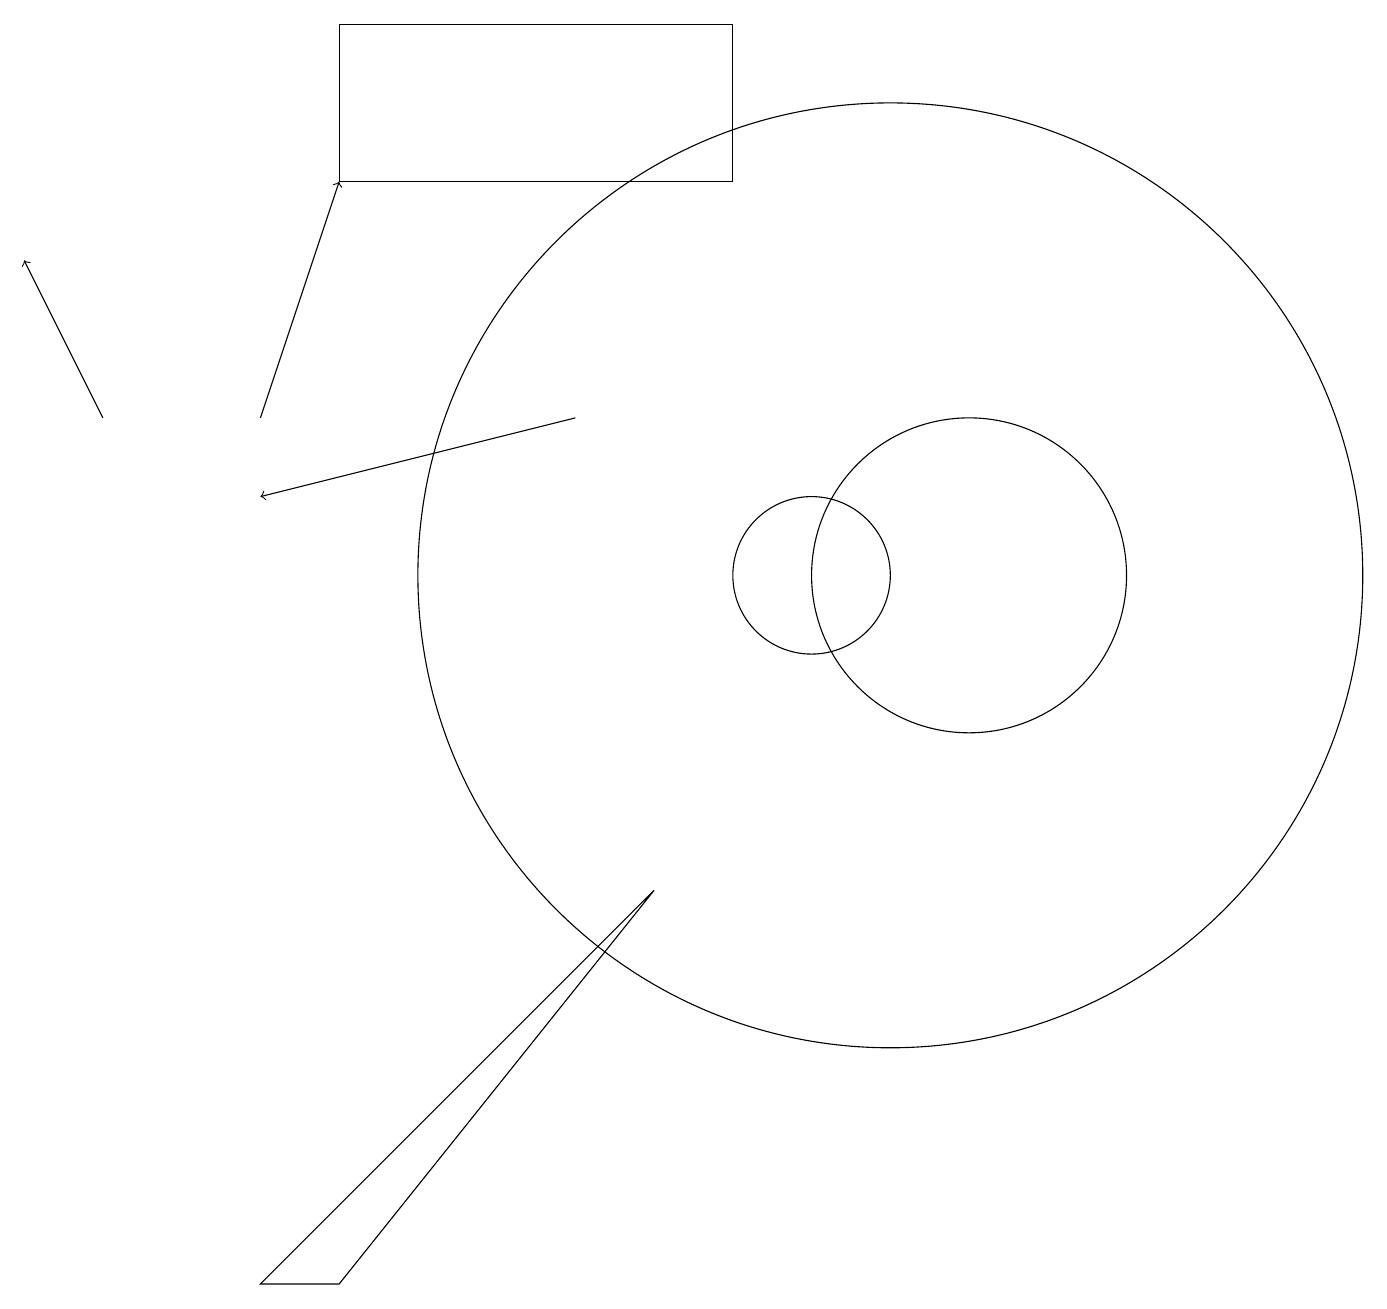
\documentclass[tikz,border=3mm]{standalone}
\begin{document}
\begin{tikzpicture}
\draw (9,18) rectangle (4,16);
\draw[->] (1,13) -- (0,15);
\draw (11,11) circle (6);
\draw (10,11) circle (1);
\draw[->] (7,13) -- (3,12);
\draw (12,11) circle (2);
\draw (4,2) -- (8,7) -- (3,2) -- cycle;
\draw[->] (3,13) -- (4,16);
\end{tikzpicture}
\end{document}